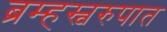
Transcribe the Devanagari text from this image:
ब्रम्हस्वरुपात